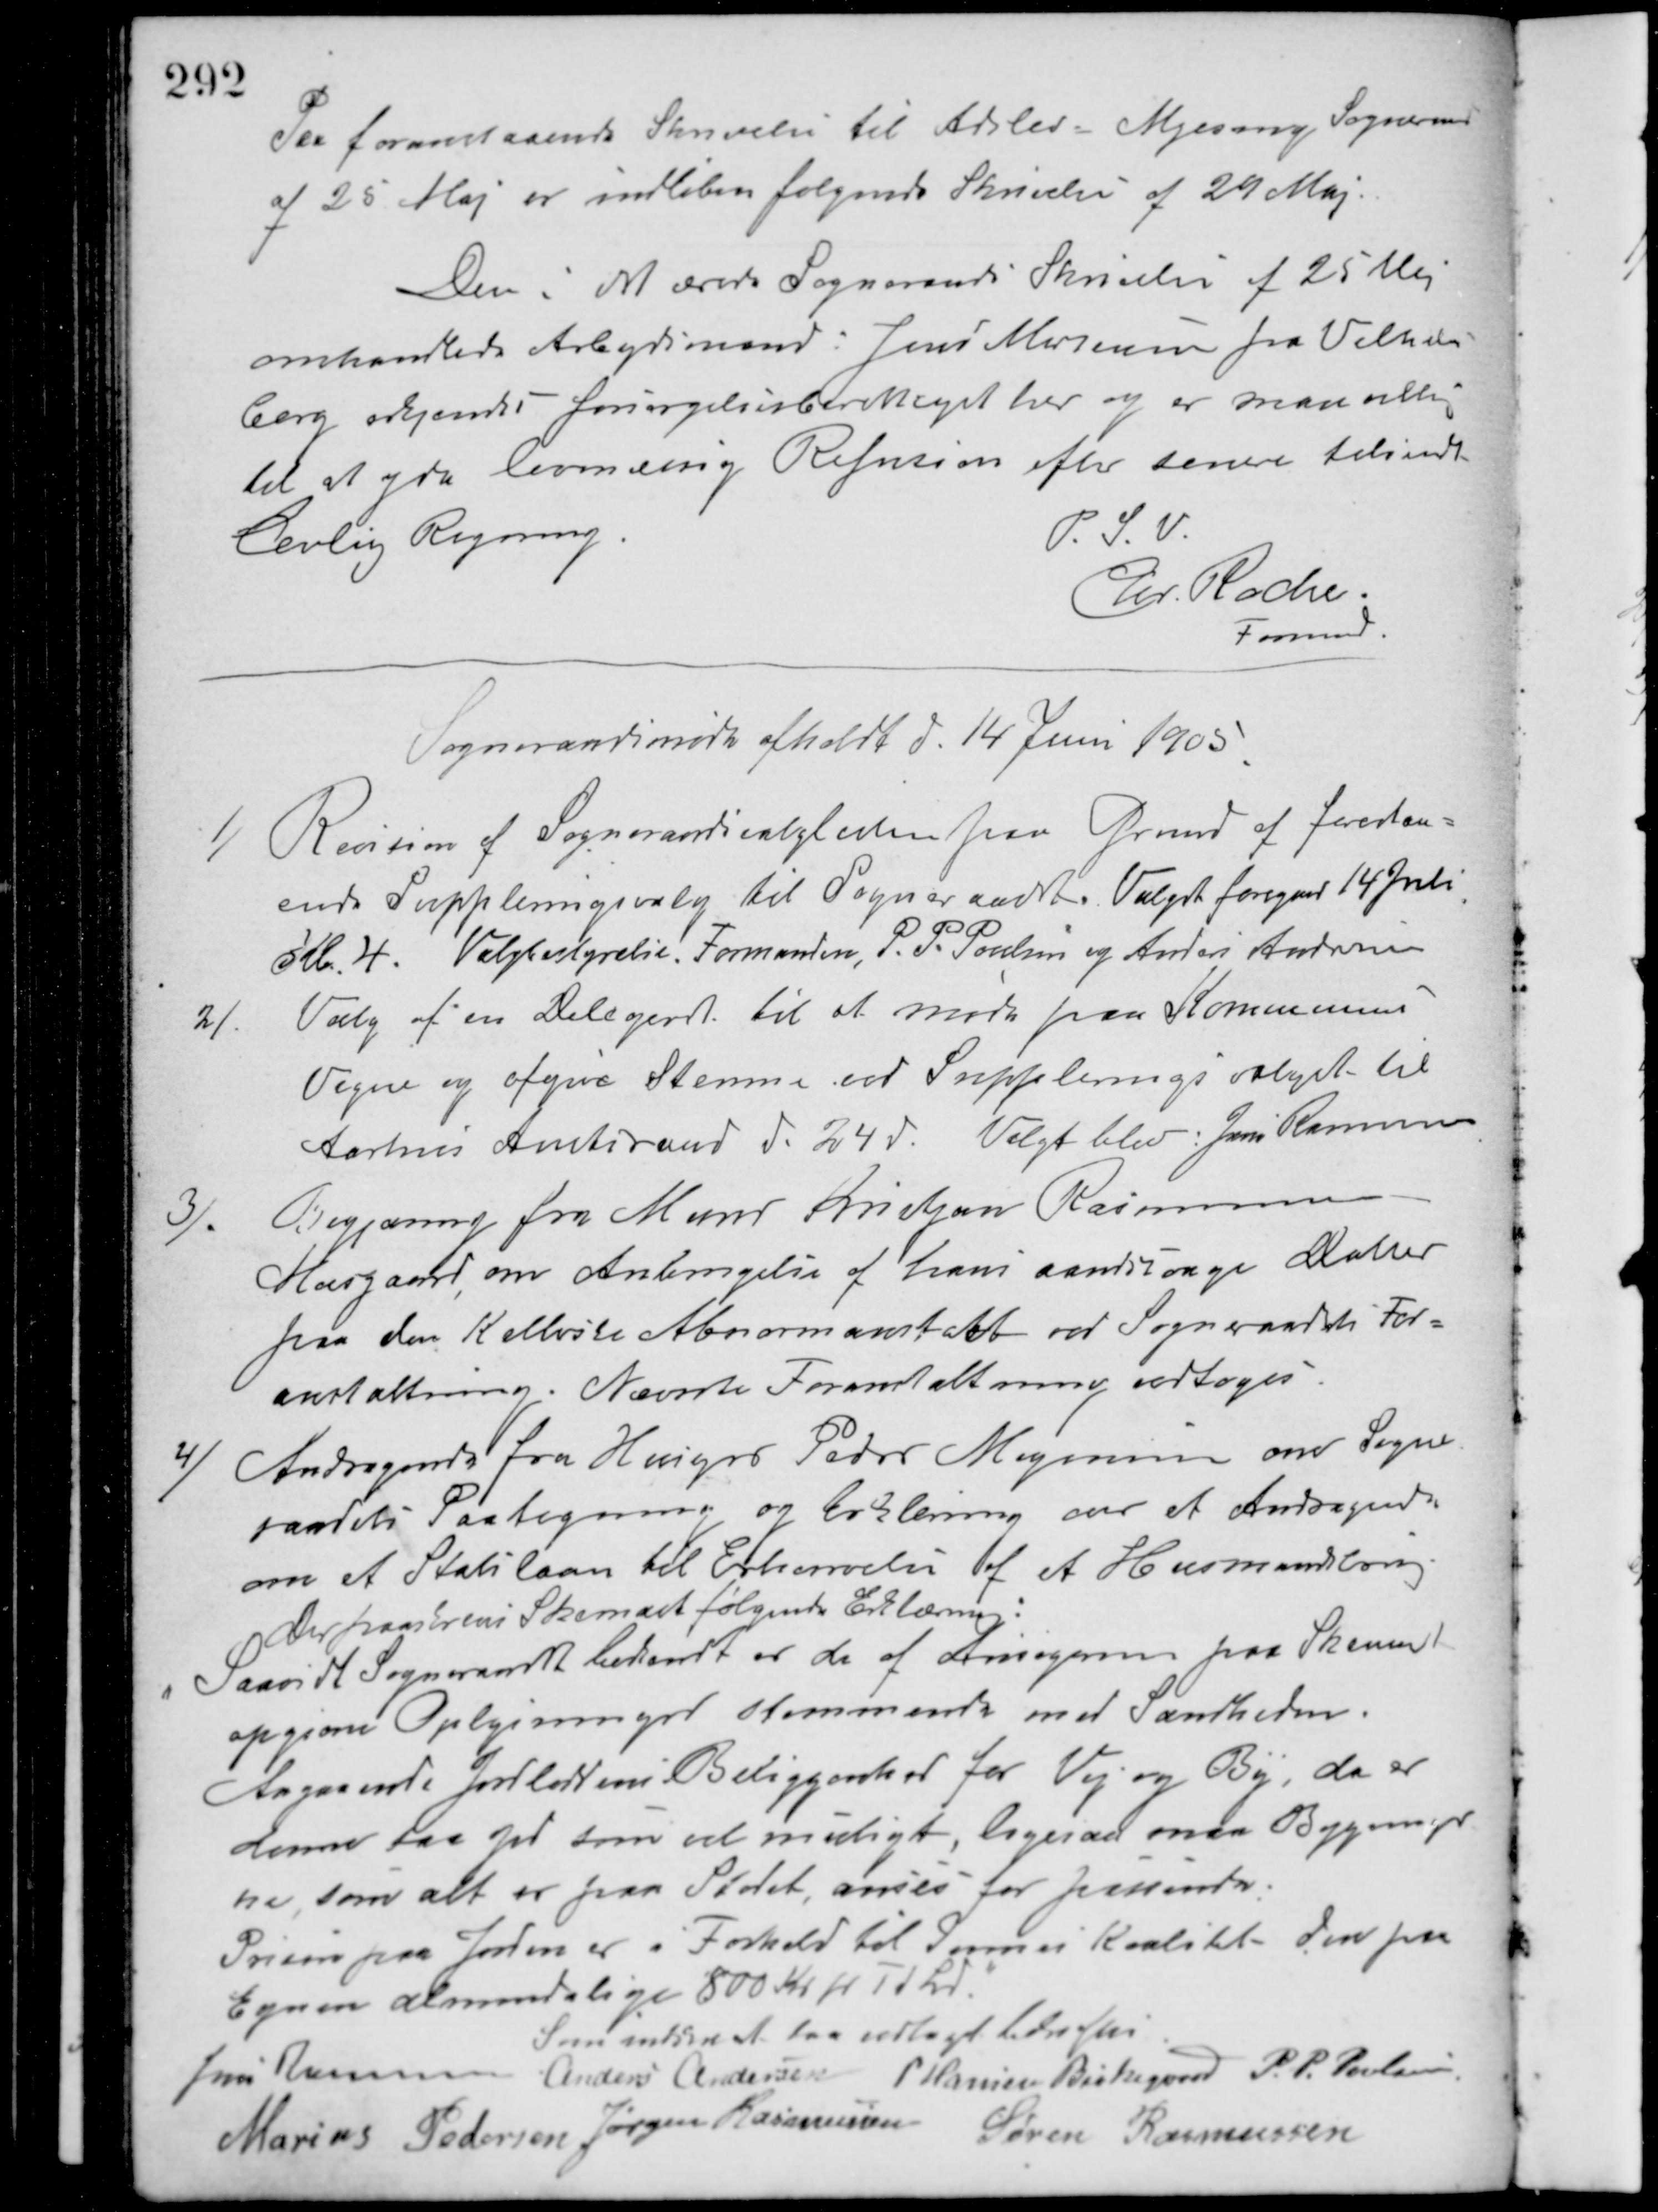
Transskription:
Paa foranstaaende Skrivelse til Adslev - Mjesing Sogneraad
af 25 Maj er indløben følgende Skrivelse af 29 Maj.
Den i det ærede Sogneraads Skrivelse af 25 Maj
omhandlede Arbejdsmand: Jens Mortensen fra Vilhelms-
borg erkjendes forsørgelsesberettiget her og er man villig
til at yde lovmæssig Refusion efter senere tilsendt
Lovlig Regning.
P. S. V.
Chr. Roche.
Formand.
Sogneraadsmøde afholdt d. 14 Juni 1905
1/ Revision af Sogneraadsvalglisten paa Grund af forestaa-
ende Suppleringsvalg til Sogneraadet. Valget foregaar 14 Juli
Kl. 4. Valgbestyrelse. Formanden, P. P. Poulsen og Anders Andresen.
2/ Valg af en Delegeret til at møde paa Kommunens
Vegne og afgive Stemme ved Suppleringsvalget til
Aarhus Amtsraad d. 24 d. Valgt blev: Jens Rasmussen
3/ Begjæring fra Murer Kristjan Rasmussen
Moesgaard om Anbringelse af hans aandsvage Datter
paa den Kellerske Abnorm anstalt ved Sogneraadets For-
anstaltning. Nævnte Foranstaltning vedtoges.
4/ Andragende fra Husejer Peder Mogensen om Sogne-
raadets Paategning og Erklæring over et Andragende
om et Statslaan til Erhvervelse af et Husmandsbrug.
Der paaskreves Skemaet følgende Erklæring:
Saavidt Sogneraadet bekendt er de af Ansøgerens paa Skemaet
opgivne Oplysninger stemmende med Sandheden.
Angaaende Jordloddens Beliggenhed for Vej og By, da er
denne saa god som vel muligt, ligesaa maa Bygninger-
ne som alt er paa Stedet, anses for passende.
Prisen paa Jorden er i Forhold til dennes Kvalitet den paa
Egnen almindelige 800 Kr pr. Td. L.
Som indskrevet at saa vedtaget bekræftes
Jens Rasmussen Anders Andersen P. Hansen Birkegaard P. P. Poulsen
Marius Pedersen
Jørgen Rasmussen Søren Rasmussen